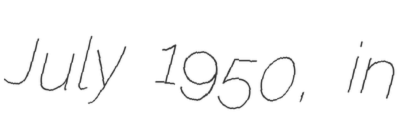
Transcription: July 1950, in